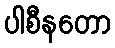
ပါစီနတော